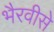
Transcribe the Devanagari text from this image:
भैरवीसे